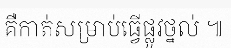
គឺកាត់សម្រាប់ធ្វើផ្លូវថ្នល់ ៕